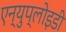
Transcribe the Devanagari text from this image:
एन्युप्लोइडी